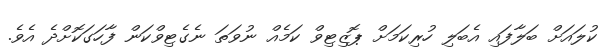
ކުލައަށް ބަލާފައި އެބަލި ހުރިކަމަށް ޕޮޒިޓިވް ކަމެއް ނުވަތަ ނެގެޓިވްކަން ފާހަގަކޮށްދެ އެވެ.